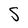
Character: S